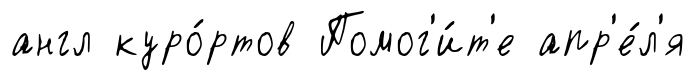
англ куро́ртов Помог'и́т'е апр'е́л'я